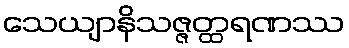
သေယျာနိသဇ္ဇတ္ထရဏဿ